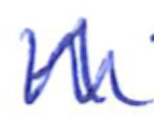
Text: 1
Cross-out: zig-zag
Writing tool: ballpoint